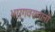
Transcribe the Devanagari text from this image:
भार्गवरामांनी